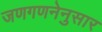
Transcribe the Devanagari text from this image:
जणगणनेनुसार